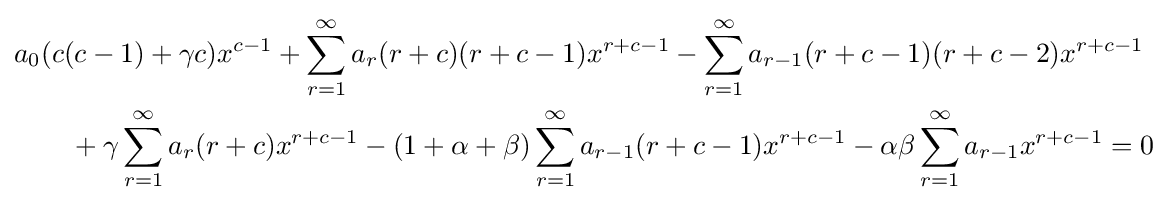
{\begin{aligned}&a_{0}(c(c-1)+\gamma c)x^{c-1}+\sum _{r=1}^{\infty }a_{r}(r+c)(r+c-1)x^{r+c-1}-\sum _{r=1}^{\infty }a_{r-1}(r+c-1)(r+c-2)x^{r+c-1}\\&\qquad +\gamma \sum _{r=1}^{\infty }a_{r}(r+c)x^{r+c-1}-(1+\alpha +\beta )\sum _{r=1}^{\infty }a_{r-1}(r+c-1)x^{r+c-1}-\alpha \beta \sum _{r=1}^{\infty }a_{r-1}x^{r+c-1}=0\end{aligned}}